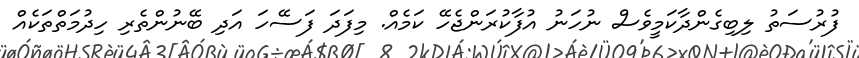
ފުރުސަތު ލިބިގެންދާކަމީވެސް ނުހަނު އުފާކުރަންޖެހޭ ކަމެއް. މިފަދަ ފަސޭހަ އަދި ބޭނުންތެރި ހިދުމަތްތަކެއް